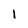
Character: 1